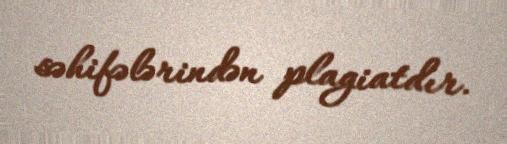
səhifələrindən plagiatdır.